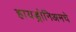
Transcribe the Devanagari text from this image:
हायड्रोनिअमचे